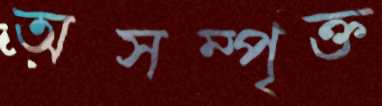
অসম্পৃক্ত